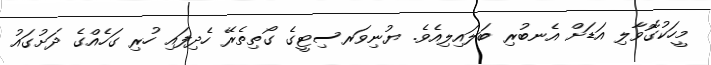
މީހަކުގޮވާލި އަޑަށް އެނބުރި ބަލައިލިއެވެ. ޔުނިވަރސިޓީގެ ގޯތިތެރޭ ހެދިފައި ހުރި ގަހެއްގެ ދަށުގައު